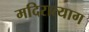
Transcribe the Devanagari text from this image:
मदिरात्याग